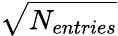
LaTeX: \sqrt{N_{entries}}